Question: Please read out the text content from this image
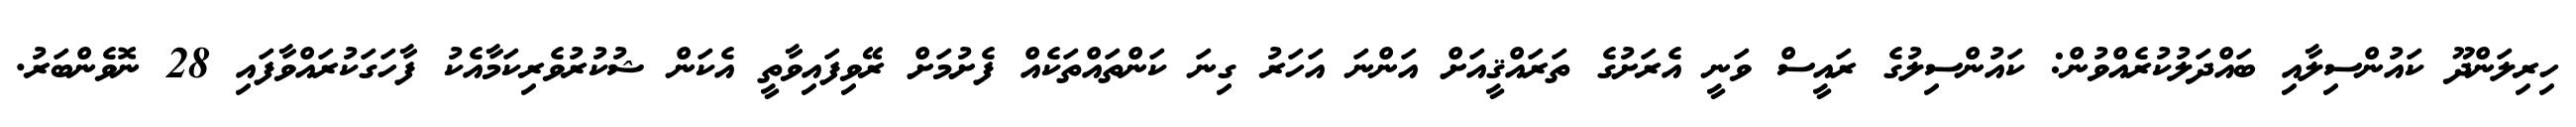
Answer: ހިރިލަންދޫ ކައުންސިލާއި ބައްދަލުކުރެއްވުން: ކައުންސިލުގެ ރައީސް ވަނީ އެރަށުގެ ތަރައްޤީއަށް އަންނަ އަހަރު ގިނަ ކަންތައްތަކެއް ފެށުމަށް ރޭވިފައިވާތީ އެކަން ޝުކުރުވެރިކަމާއެކު ފާހަގަކުރައްވާފައި 28 ނޮވެންބަރު.